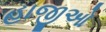
હાજીઓ